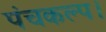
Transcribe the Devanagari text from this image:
पंचकल्प।